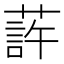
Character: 䔓